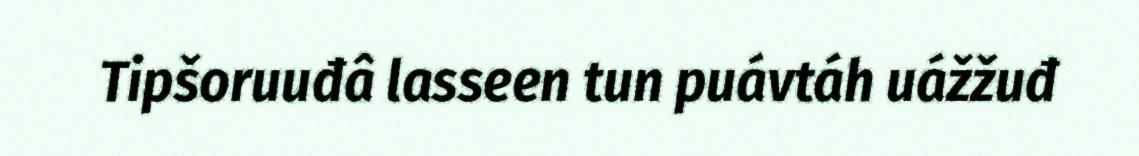
Tipšoruuđâ lasseen tun puávtáh uážžuđ